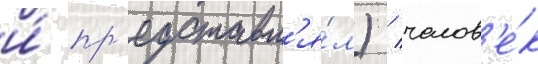
и́ пр'едставл'я́л) / челов'е́к